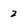
Character: 2